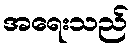
အရေးသည်